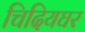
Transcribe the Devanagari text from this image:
चिदियघर